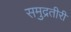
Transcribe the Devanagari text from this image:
समुद्रतीरी